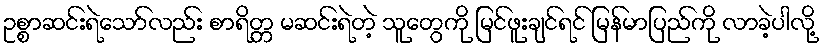
ဥစ္စာဆင်းရဲသော်လည်း စာရိတ္တ မဆင်းရဲတဲ့ သူတွေကို မြင်ဖူးချင်ရင် မြန်မာပြည်ကို လာခဲ့ပါလို့